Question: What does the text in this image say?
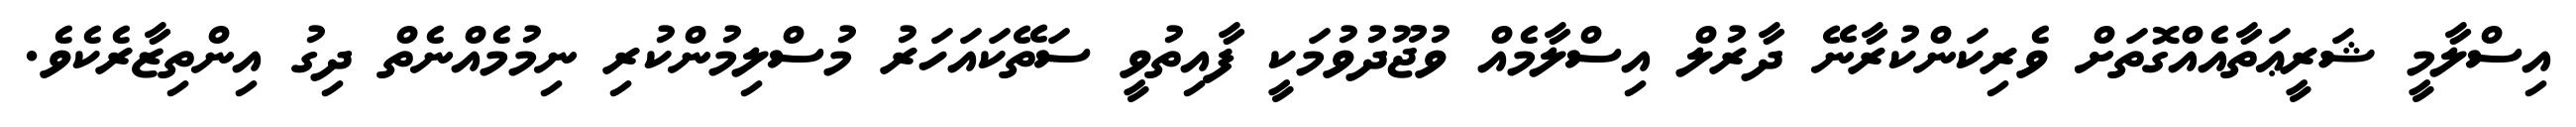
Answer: އިސްލާމީ ޝަރީޢަތާއެއްގޮތަށް ވެރިކަންކުރާނޭ ދާރުލް އިސްލާމެއް ވުޖޫދުވުމަކީ ފާއިތުވީ ސަތޭކައަހަރު މުސްލިމުންކުރި ނިމުމެއްނެތް ދިގު އިންތިޒާރެކެވެ.